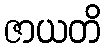
ဇာယတိ